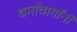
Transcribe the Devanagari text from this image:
धर्माचार्यांनी